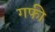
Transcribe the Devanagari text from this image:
गफी